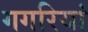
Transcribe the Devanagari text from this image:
गगरियां